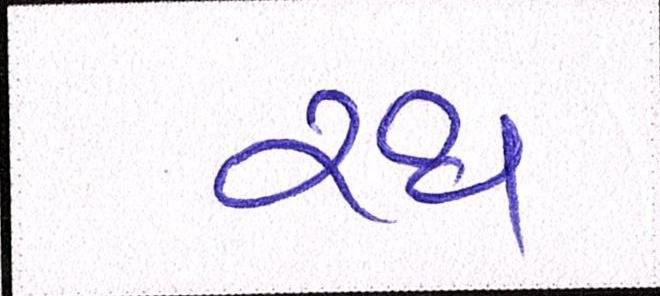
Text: રથ